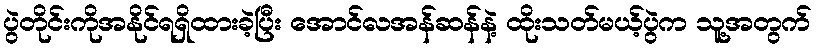
ပွဲတိုင်းကိုအနိုင်ရရှိထားခဲ့ပြီး အောင်လအန်ဆန်နဲ့ ထိုးသတ်မယ့်ပွဲက သူ့အတွက်